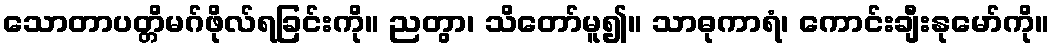
သောတာပတ္တိမဂ်ဖိုလ်ရခြင်းကို။ ညတွာ၊ သိတော်မူ၍။ သာဓုကာရံ၊ ကောင်းချီးနုမော်ကို။